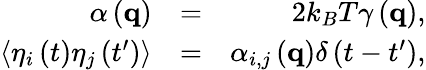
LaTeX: \begin{array}{rlr}{\alpha\left({\mathbf{q}}\right)}&{=}&{2k_{B}T\gamma\left({\mathbf{q}}\right),}\\ {\left\langle{{\eta_{i}}\left(t\right){\eta_{j}}\left({t^{\prime}}\right)}\right\rangle}&{=}&{{\alpha_{i,j}}\left({\mathbf{q}}\right)\delta\left({t-t^{\prime}}\right),}\end{array}